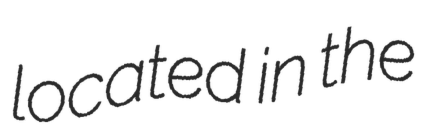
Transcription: located in the